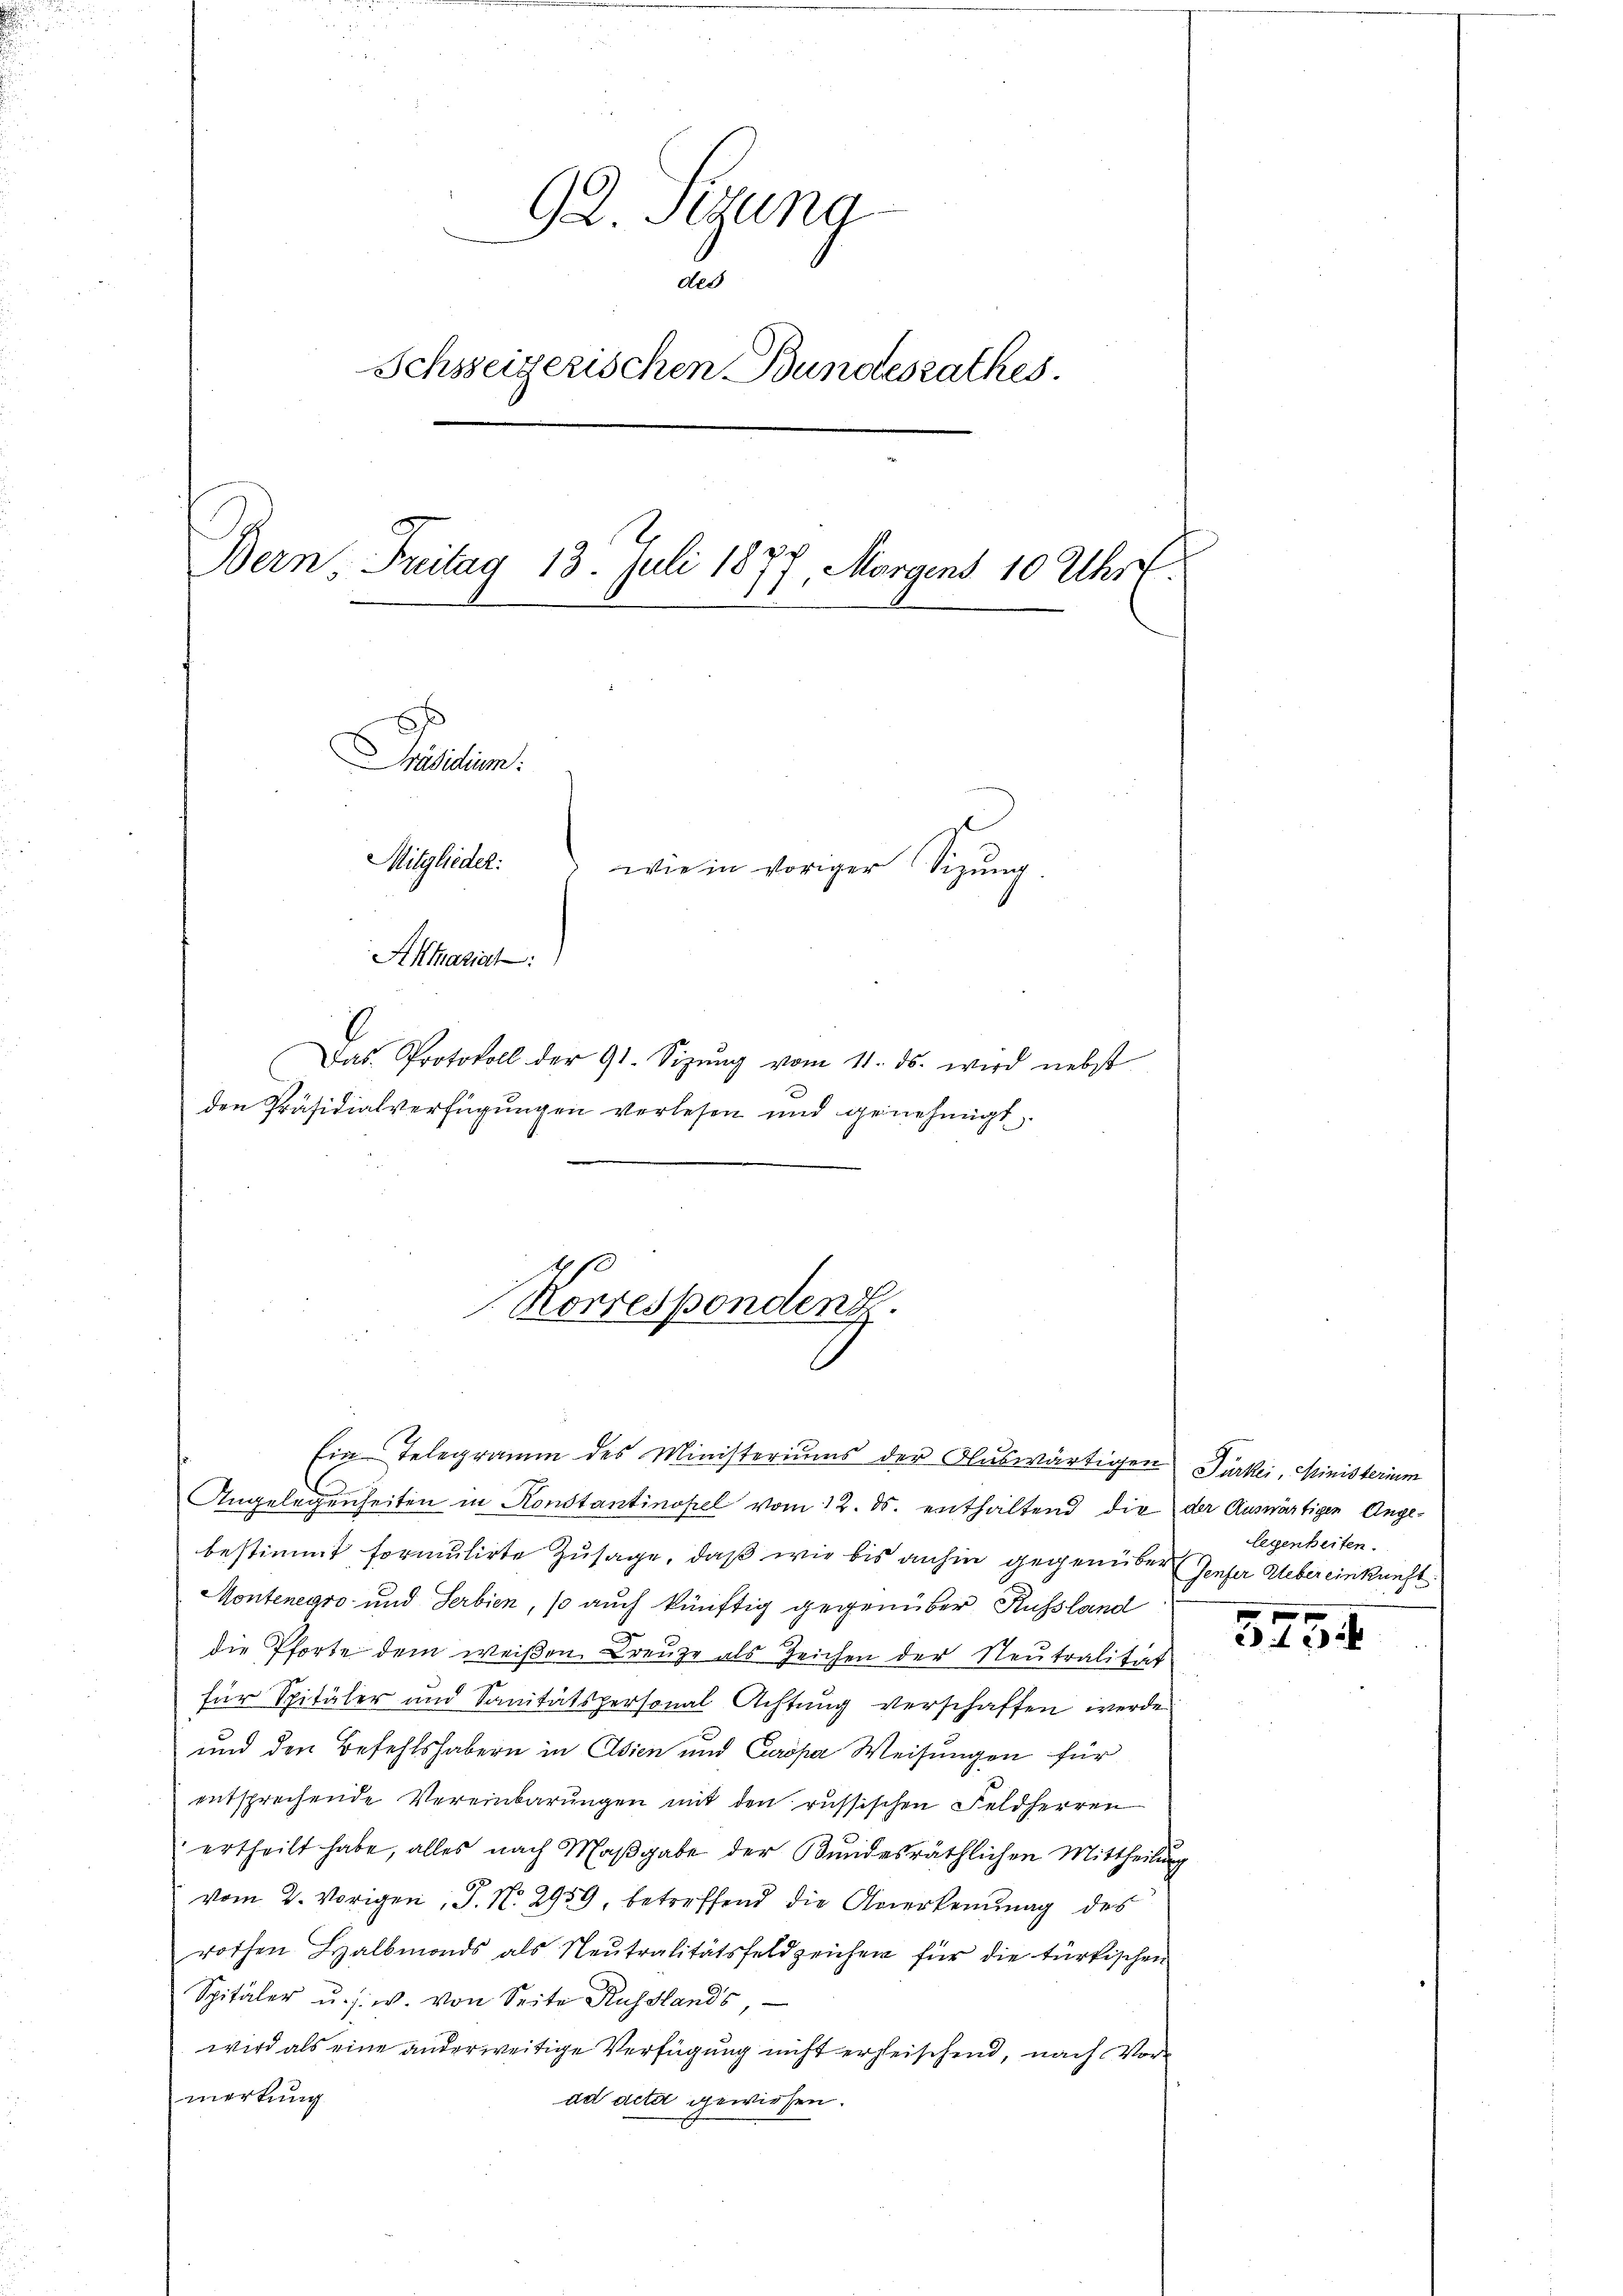
92. Sizung
des
Schreizerischen Bundesrathes.
Bern, Freitag 13. Juli 1877, Morgens 10 Uhr.
rihten.
Mitglieder
wie in voriger Sitzŭng.
Alari
Das Protokoll der 91. Sizŭng vom 11. ds. wird nebst
den Präsidialverfügungen verlesen und genehmigt.

10
Korrespondenz.

Montenegro und Serbien, so auch künftig gegenüber Russland
3
die Pforte dem weißen Kreuze als Zeichen der Neutralität
für Spitäler und Sanitätspersonal Achtung verschaffen werde
und den Befehlshabern in Asien und Caspa Weisungen für
entsprechende Vereinbarungen mit den russischen Feldherren
ertheilt habe, alles nach Maβgabe der Bundesräthlichen Mittheilung
vom 2. Vorigen, J. N. 2959, betreffend die Anerkennung des
rothen Halbmords als Neutralitätsfeldzeichen für die türkischen
Spitäler u. s. w. von Seite Russlands,
wird als eine anderweitige Verfügung nicht erheischend, nach Vormerkung
ad deter gewiesen.

Ein Telegramm des Ministeriums der Auswärtigen Türkei, Ministerium
Angelegenheiten in Konstantinopel vom 12. ds. enthaltend die der Auswärtigen Angebestimmt formulirte Zusage, daß wie bis anhin gegenüber Genfer Uebereinkunft

legenheiten.

3454